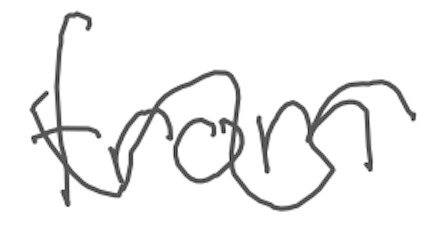
Text: from
Cross-out: wave
Writing tool: digital_gray